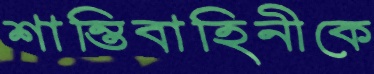
শান্তিবাহিনীকে